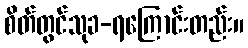
စိတ်တွင်သုခ-ရကြောင်းတည်း။